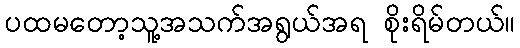
ပထမတော့သူ့အသက်အရွယ်အရ စိုးရိမ်တယ်။